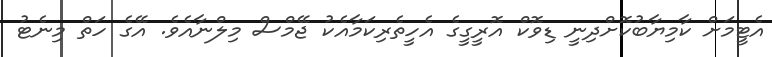
އެޓީމަށް ކާމިޔާބުކޮށްދިނީ ޑިވޮކް އޮރީގީގެ އެހީތެރިކަމާއެކު ޖޭމްސް މިލްނާއެވެ. އޭގެ ހަތް މިނެޓު